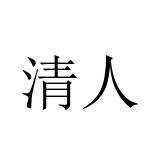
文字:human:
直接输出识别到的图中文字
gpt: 清人